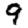
Digit: 9